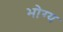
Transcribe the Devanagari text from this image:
भोग्‍य